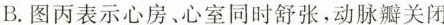
B.图丙表示心房、心室同时舒张，动脉瓣关闭